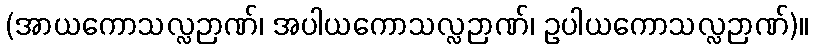
(အာယကောသလ္လဉာဏ်၊ အပါယကောသလ္လဉာဏ်၊ ဥပါယကောသလ္လဉာဏ်)။